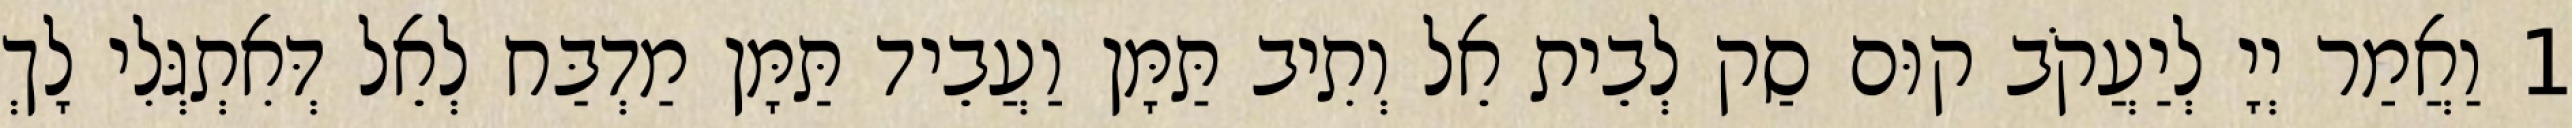
1 וַאֲמַר יְיָ לְיַעֲקֹב קוּם סַק לְבֵית אֵל וְתִיב תַּמָּן וַעֲבֵיד תַּמָּן מַדְבַּח לְאֵל דְּאִתְגְּלִי לָךְ